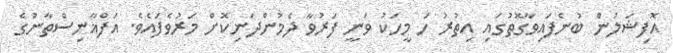
އޮފިޝަލުން ބުނެފައިވާގޮތުގައި އިތުރު ހަ މީހަކު ވަނީ ފަރުވާ ދެމުންދަނިކޮށް މަރުވެފައެވެ. އަފްޣާނިސްތާނުގެ